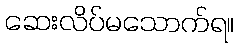
ဆေးလိပ်မသောက်ရ။